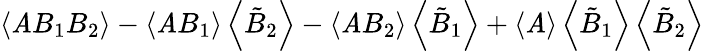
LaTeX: \left\langle\mathit{A}B_{1}B_{2}\right\rangle-\left\langle\mathit{A}B_{1}\right\rangle\left\langle\tilde{{B}}_{2}\right\rangle-\left\langle\mathit{A}B_{2}\right\rangle\left\langle\tilde{{B}}_{1}\right\rangle+\left\langle\mathit{A}\right\rangle\left\langle\tilde{{B}}_{1}\right\rangle\left\langle\tilde{{B}}_{2}\right\rangle